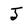
Character: J